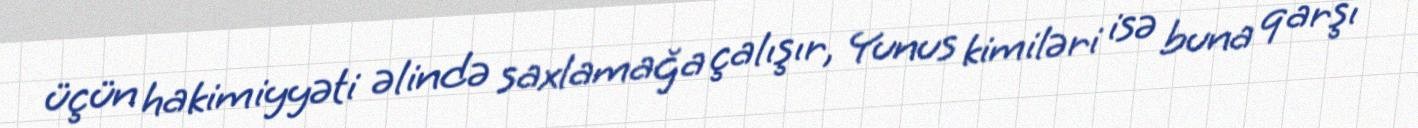
üçün hakimiyyəti əlində saxlamağa çalışır, Yunus kimiləri isə buna qarşı